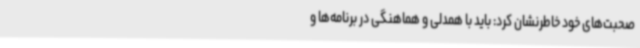
صحبت‌های خود خاطرنشان کرد: باید با همدلی و هماهنگی در برنامه‌ها و